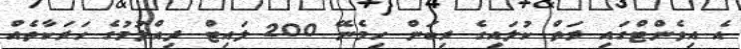
އެ އިވެންޓްގައި ރަތް ކުލައިގެ ރިބަން ހިމެނޭ 200 ލައިޓް ދިއްލުމުގެ ހަރަކާތެއް